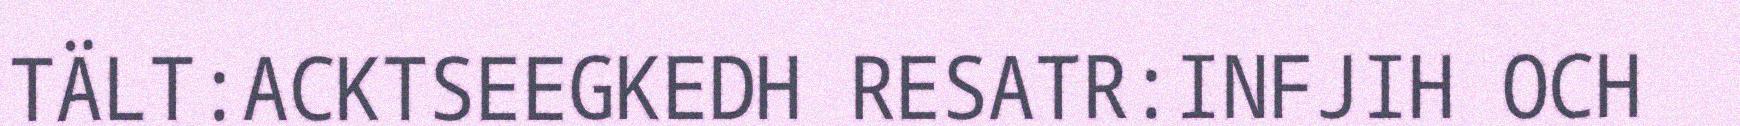
TÄLT:ACKTSEEGKEDH RESATR:INFJIH OCH